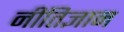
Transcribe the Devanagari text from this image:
नीतिज्ञान